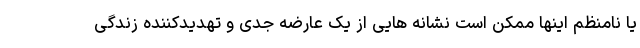
یا نامنظم اینها ممکن است نشانه هایی از یک عارضه جدی و تهدیدکننده زندگی